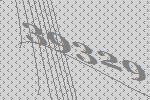
39329